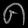
Digit: ၈